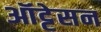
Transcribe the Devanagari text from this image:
ऑट्टेसन